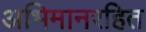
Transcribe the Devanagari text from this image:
अभिमानरहित